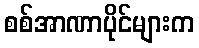
စစ်အာဏာပိုင်များက